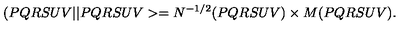
( P Q R S U V \vert \vert P Q R S U V > = N ^ { - 1 / 2 } ( P Q R S U V ) \times M ( P Q R S U V ) .